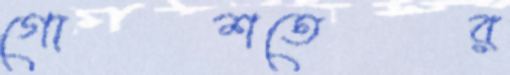
গোশতের